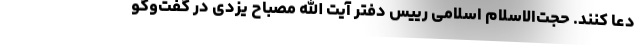
دعا کنند. حجت‌الاسلام اسلامی رییس دفتر آیت الله مصباح یزدی در گفت‌وگو